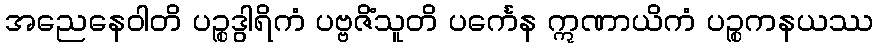
အညေနေဝါတိ ပဉ္စဒွါရိကံ ပဗ္ဗဇိံသူတိ ပင်္ကေန ဣဏာယိကံ ပဉ္စကနယဿ